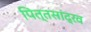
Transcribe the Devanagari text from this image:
पित्तसांद्रव